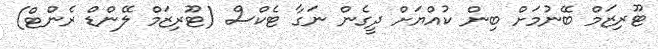
ޓޫރިޒަމް ބޭނުމަށް ބިން ކުއްޔަށް ދީގެން ނަގާ ޓެކްސް (ޓޫރިޒަމް ލޭންޑް ރެންޓް)